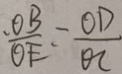
\cdot \frac { O B } { O E } = \frac { O D } { O C }